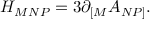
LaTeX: { H _ { M N P } = 3 \partial _ { \lbrack M } A _ { N P \rbrack } . }